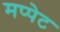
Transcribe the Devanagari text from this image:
मप्पेट